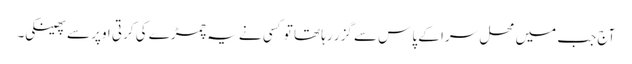
آج جب میں محل سرا کے پاس سے گزر رہا تھا تو کسی نے یہ چمڑے کی کرتی اوپر سے پھینکی۔